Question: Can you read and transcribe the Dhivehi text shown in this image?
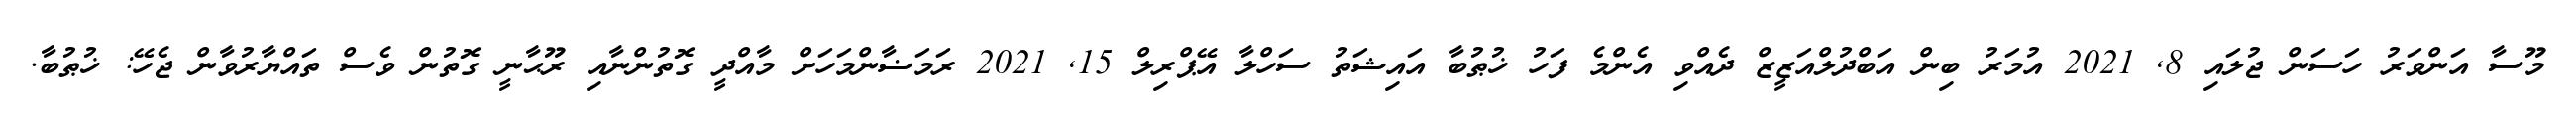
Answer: މޫސާ އަންވަރު ހަސަން ޖުލައި 8, 2021 އުމަރު ބިން އަބްދުލްއަޒީޒް ދެއްވި އެންމެ ފަހު ޚުޠުބާ އައިޝަތު ސަހްލާ އޭޕްރިލް 15, 2021 ރަމަޟާންމަހަށް މާއްދީ ގޮތުންނާއި ރޫޙާނީ ގޮތުން ވެސް ތައްޔާރުވާން ޖެހޭ: ޚުޠުބާ.